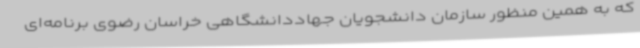
که به همین منظور سازمان دانشجویان جهاددانشگاهی خراسان رضوی برنامه‌ای